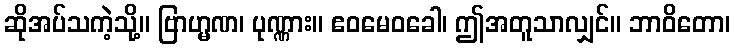
ဆိုအပ်သကဲ့သို့။ ဗြာဟ္မဏ၊ ပုဏ္ဏား။ ဧဝမေဝခေါ၊ ဤအတူသာလျှင်။ ဘာဝိတော၊